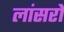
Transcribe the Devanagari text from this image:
लांसरों